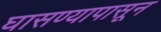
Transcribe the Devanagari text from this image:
घासण्यापासून